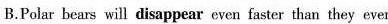
B.Polar bears will disappear even faster than they ever